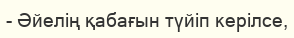
- Әйелің қабағын түйіп керілсе,